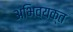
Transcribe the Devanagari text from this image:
अभिव्‍यक्त